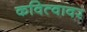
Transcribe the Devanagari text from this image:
कवित्वावर